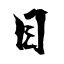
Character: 目